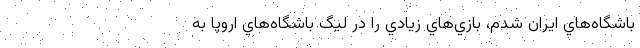
باشگاه‌هاي ايران شدم، بازي‌هاي زيادي را در ليگ باشگاه‌هاي اروپا به